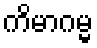
ကိမာဂမ္မ